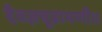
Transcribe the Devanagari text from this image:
दैवज्ञचूडामणी॥